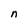
Character: n